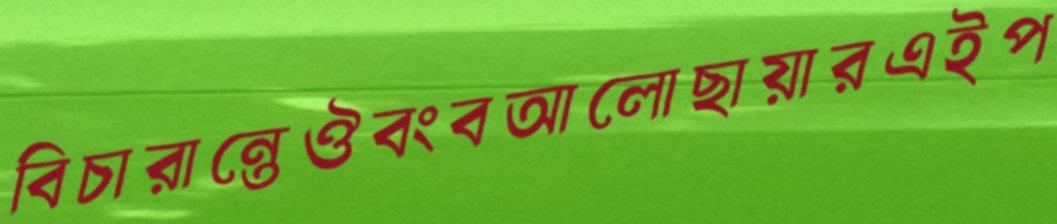
বিচারান্তেঔবংবআলোছায়ারএইপ